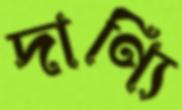
দাণ্যি